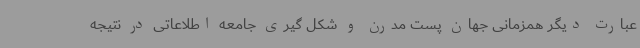
عبارت دیگر همزمانی جهان پست مدرن و شکل گیری جامعه اطلاعاتی در نتیجه